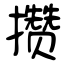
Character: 攒